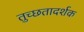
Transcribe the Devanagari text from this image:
तुच्छतादर्शक